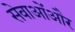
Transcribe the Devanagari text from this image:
सेवाओंऔर